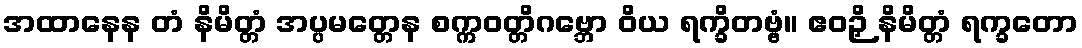
အထာနေန တံ နိမိတ္တံ အပ္ပမတ္တေန စက္ကဝတ္တိဂဗ္ဘော ဝိယ ရက္ခိတဗ္ဗံ။ ဧဝဉှိ နိမိတ္တံ ရက္ခတော